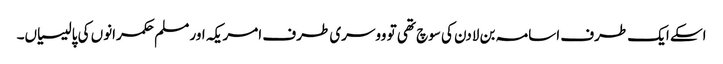
اسکے ایک طرف اسامہ بن لادن کی سوچ تھی تو ووسری طرف امریکہ اور مسلم حکمرانوں کی پالیسیاں۔